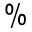
\%